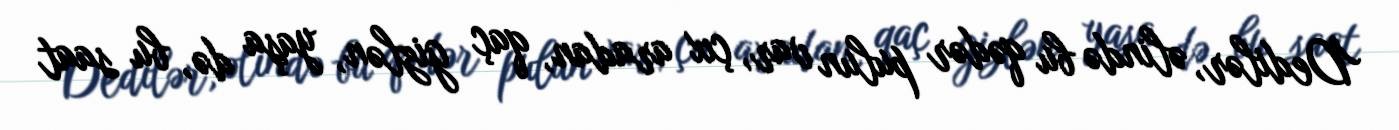
Dedilər, əlində bu qədər pulun var, çıx aradan, qaç gizlən, yaşa də, bu saat